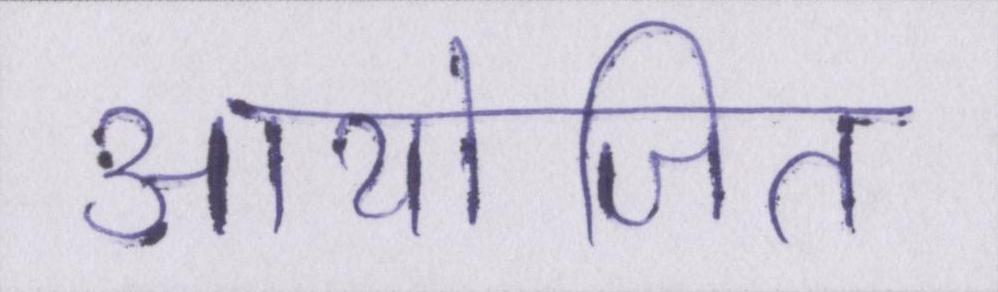
आयोजित